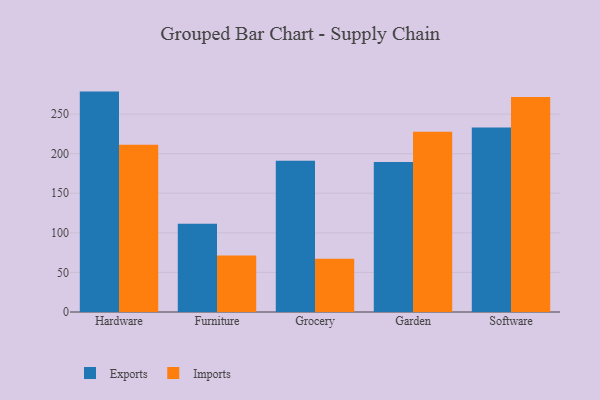
{"axis": {"x": "Category", "y": "Page Views"}, "legend": ["Exports", "Imports"], "data": [{"x": "Hardware", "y": 278.5, "type": "Exports"}, {"x": "Hardware", "y": 211.3, "type": "Imports"}, {"x": "Furniture", "y": 111.4, "type": "Exports"}, {"x": "Furniture", "y": 71.5, "type": "Imports"}, {"x": "Grocery", "y": 191.2, "type": "Exports"}, {"x": "Grocery", "y": 67.4, "type": "Imports"}, {"x": "Garden", "y": 189.4, "type": "Exports"}, {"x": "Garden", "y": 227.8, "type": "Imports"}, {"x": "Software", "y": 233.2, "type": "Exports"}, {"x": "Software", "y": 271.8, "type": "Imports"}]}